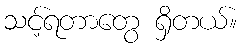
သင့်ရတာတွေ ရှိတယ်။